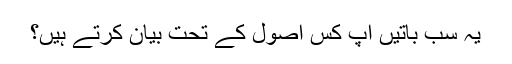
یہ سب باتیں آپ کس اصول کے تحت بیان کرتے ہیں؟